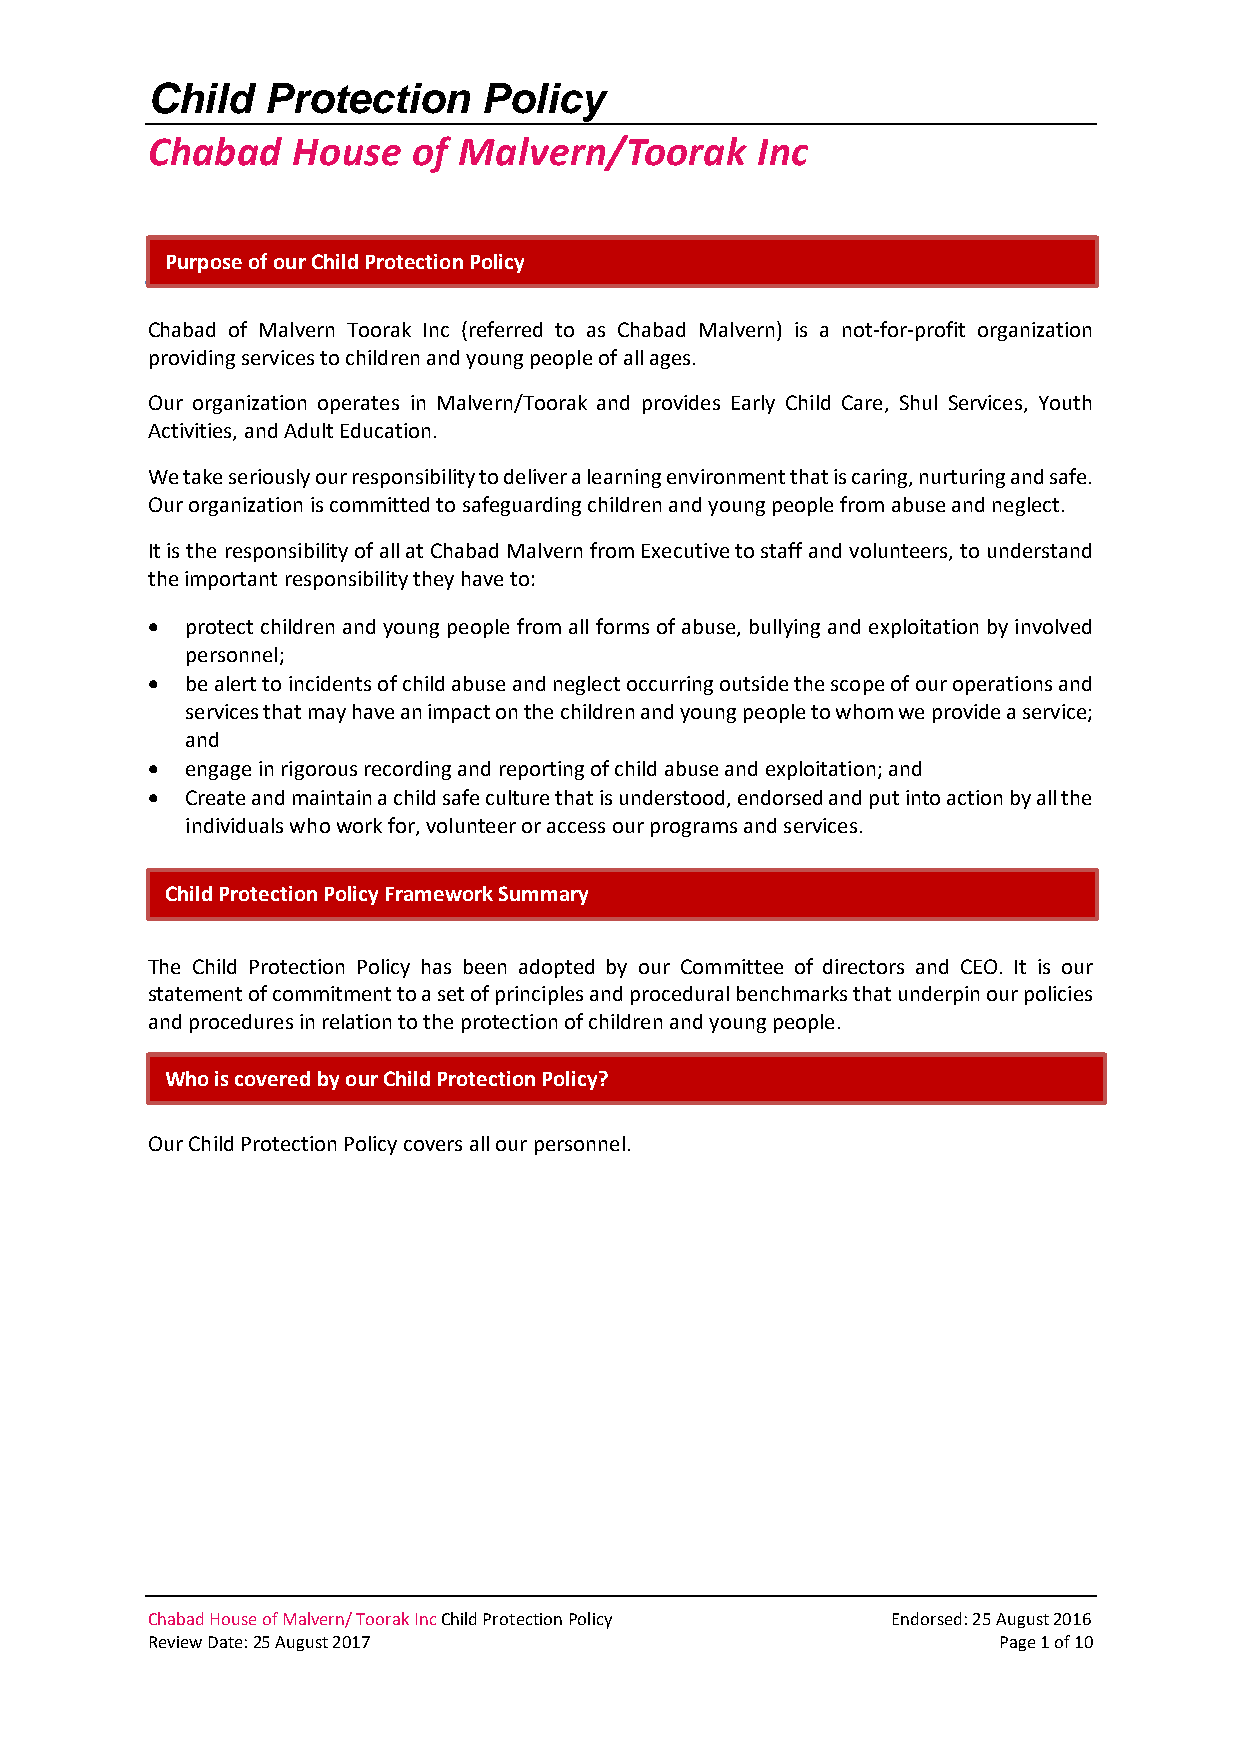
Child  Protection     Policy
 Chabad   House   of Malvern/Toorak      Inc
 Purpose of our Child Protection Policy
 Chabad of Malvern Toorak Inc (referred to as Chabad Malvern) is a not‐for‐profit organization
 providing services to children and young people of all ages.
 Our organization operates in Malvern/Toorak and provides Early Child Care, Shul Services, Youth
 Activities, and Adult Education.
 We take seriously our responsibility to deliver a learning environment that is caring, nurturing and safe.
 Our organization is committed to safeguarding children and young people from abuse and neglect.
 It is the responsibility of all at Chabad Malvern from Executive to staff and volunteers, to understand
 the important responsibility they have to:
 • protect children and young people from all forms of abuse, bullying and exploitation by involved
 personnel;
 • be alert to incidents of child abuse and neglect occurring outside the scope of our operations and
 services that may have an impact on the children and young people to whom we provide a service;
 and
 • engage in rigorous recording and reporting of child abuse and exploitation; and
 • Create and maintain a child safe culture that is understood, endorsed and put into action by all the
 individuals who work for, volunteer or access our programs and services.
 Child Protection Policy Framework Summary
 The Child Protection Policy has been adopted by our Committee of directors and CEO. It is our
 statement of commitment to a set of principles and procedural benchmarks that underpin our policies
 and procedures in relation to the protection of children and young people.
 Who is covered by our Child Protection Policy?
 Our Child Protection Policy covers all our personnel.
 Chabad House of Malvern/ Toorak Inc Child Protection Policy Endorsed: 25 August 2016
 Review Date: 25 August 2017                             Page 1 of 10